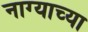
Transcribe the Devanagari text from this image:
नाग्याच्या